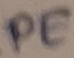
Text: PE